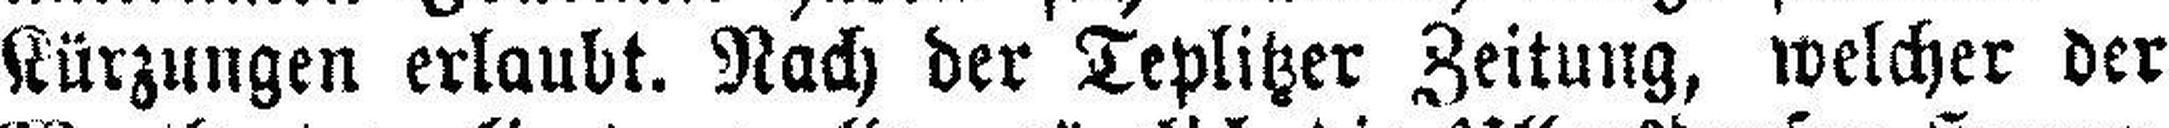
Kürzungen erlaubt. Nach der Teplitzer Zeitung, welcher der